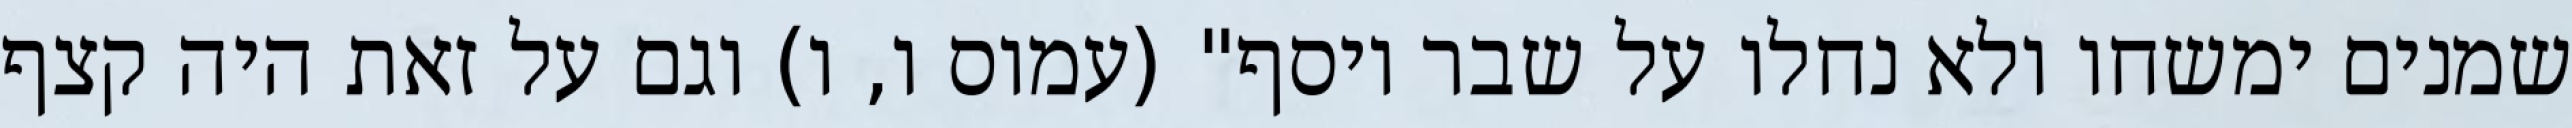
שמנים ימשחו ולא נחלו על שבר יוסף" (עמוס ו, ו) וגם על זאת היה קצף